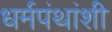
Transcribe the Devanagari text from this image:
धर्मपंथांशी